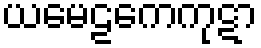
ယမေဠကေကုဋာ